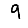
Digit: 9